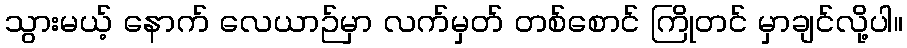
သွားမယ့် နောက် လေယာဉ်မှာ လက်မှတ် တစ်စောင် ကြိုတင် မှာချင်လို့ပါ။